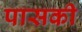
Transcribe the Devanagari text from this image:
पासकी